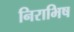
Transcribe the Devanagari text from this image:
निराभिष